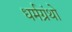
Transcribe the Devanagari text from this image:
धर्मग्रंथो